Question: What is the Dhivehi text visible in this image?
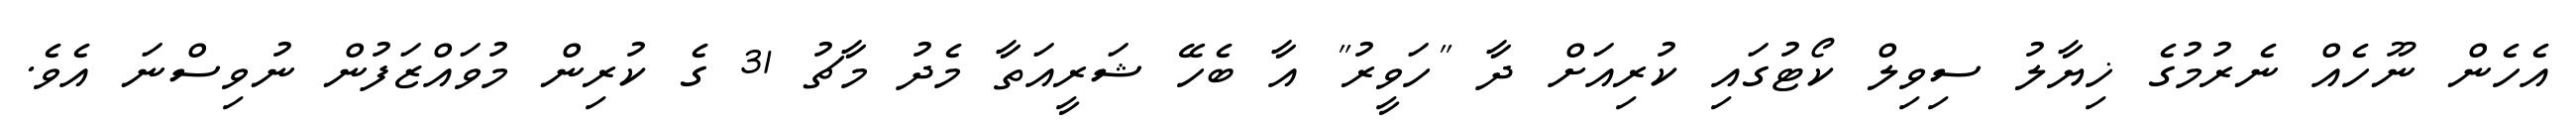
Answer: އެހެން ނޫހެއް ނެރުމުގެ ޚިޔާލު ސިވިލް ކޯޓުގައި ކުރިއަށް ދާ "ހަވީރު" އާ ބެހޭ ޝަރީއަތާ މެދު މާޗު 31 ގެ ކުރިން މުވައްޒަފުން ނުވިސްނަ އެވެ.